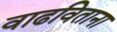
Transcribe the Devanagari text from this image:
वाढविताना